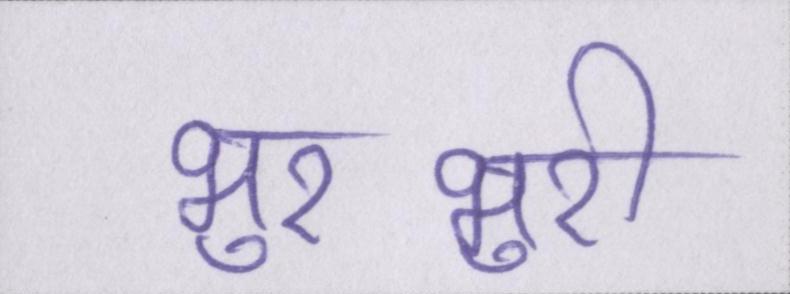
भुरभुरी